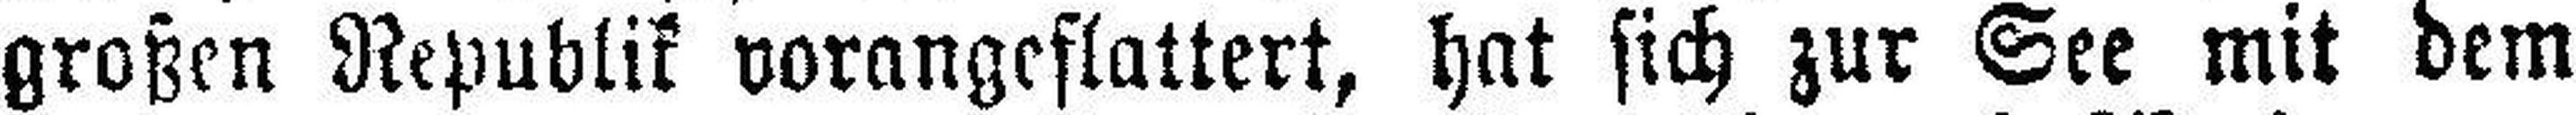
großen Republik vorangeflattert, hat sich zur See mit dem